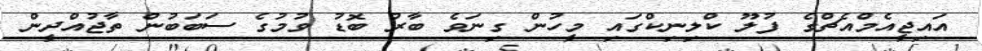
އައިޖީއެމްއެޗްގެ ފުލޫ ކްލިނިކްގައި މީހުން ގިނަވެ ބާރު ބޮޑު ވުމުގެ ސަބަބުން ތާޖުއްދީން